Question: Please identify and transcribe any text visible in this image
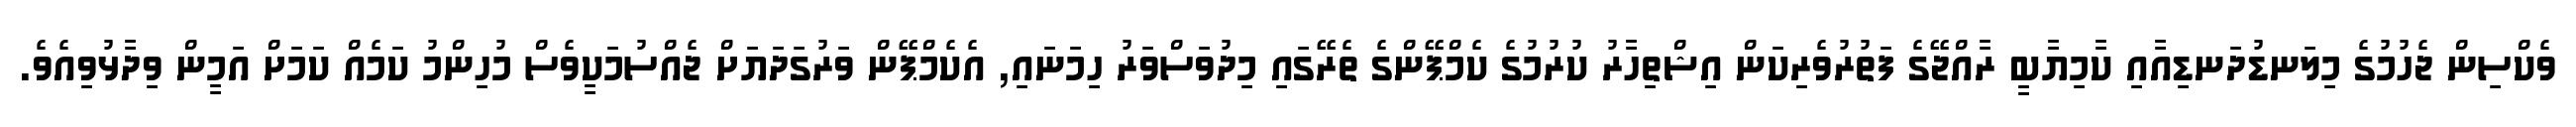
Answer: ވެކްސިން ޖެހުމުގެ މިލަނޑުދަނޑިއާއި ކާމިޔާބީ ރާއްޖޭގެ ފަތުރުވެރިކަން އިޝްތިހާރު ކުރުމުގެ ކެމްޕޭންގެ ތެރޭގައި މިދުވަސްވަރު ހިމަނައި, އެކެމްޕޭން ވަރުގަދަޔަށް ޖެއްސުމަކީވެސް މުހިންމު ކަމެއް ކަމަށް އަމީން ވިދާޅުވިއެވެ.